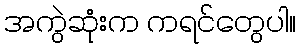
အကွဲဆုံးက ကရင်တွေပါ။